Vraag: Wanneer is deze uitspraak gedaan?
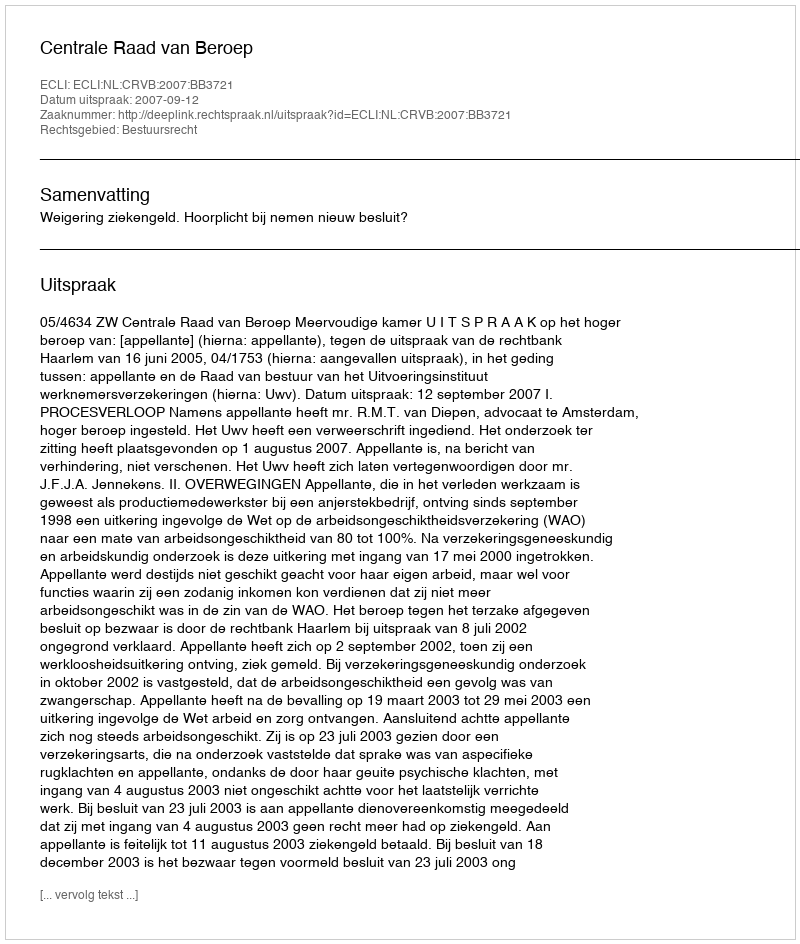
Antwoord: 2007-09-12